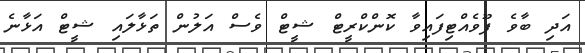
އަދި ބާވެ ފޫވެއްޓިފައިވާ ކޮންކްރީޓް ޝީޓް ވެސް އަލުން ތަޅާލައި ޝީޓް އަޅާނެ